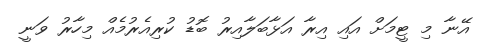
އޭނާ މި ޓީމަށް އައި އިރާ އަޅާބަލާއިރު ބޮޑު ކުރިއެރުމެއް މިހާރު ވަނީ